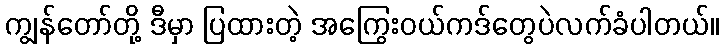
ကျွန်တော်တို့ ဒီမှာ ပြထားတဲ့ အကြွေးဝယ်ကဒ်တွေပဲလက်ခံပါတယ်။